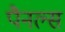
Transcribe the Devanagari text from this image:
पैनल्स